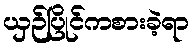
ယှဉ်ပြိုင်ကစားခဲ့ရာ